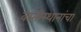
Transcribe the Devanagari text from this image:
वस्तीस्थानांचा